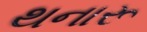
થનારૂ